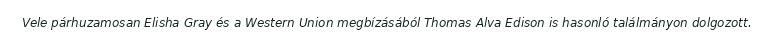
Vele párhuzamosan Elisha Gray és a Western Union megbízásából Thomas Alva Edison is hasonló találmányon dolgozott.